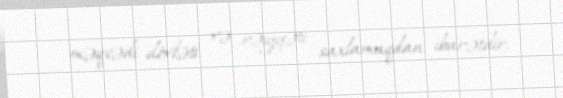
məqsədi dövləti və rəiyyəti saxlamaqdan ibarətdir.